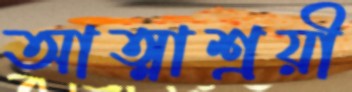
আত্মাশ্রয়ী